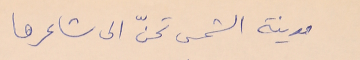
مدينة الشمس تحنّ الى شاعرها